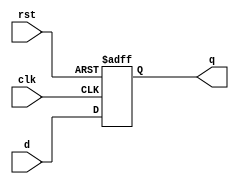
module d_flip_flop (
    input clk,     // Clock signal
    input rst,     // Reset signal
    input d,       // Data input
    output reg q    // Output
);

// Posedge-triggered D flip-flop
always @(posedge clk or posedge rst)
begin
    if (rst)            // Reset signal is high
        q <= 1'b0;      // Reset the output to 0
    else                // Reset signal is low
        q <= d;         // Transfer the data input to the output on clock pulse
end

endmodule